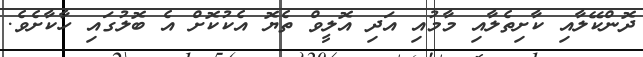
ދޮންކޭލާއި ކާށިތެލާއި މާމުއި އަދި އޮލީވް ތެޔޮ އެކުކޮށް އެ ބޮލުގައި ހާކާށެވެ.